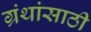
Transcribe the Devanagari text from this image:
ग्रंथांसाठी